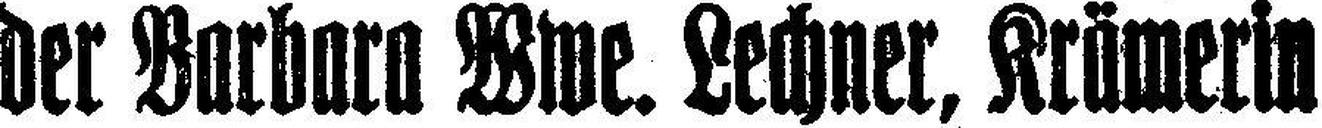
der Barbara Wwe. Lechner, Krämerin